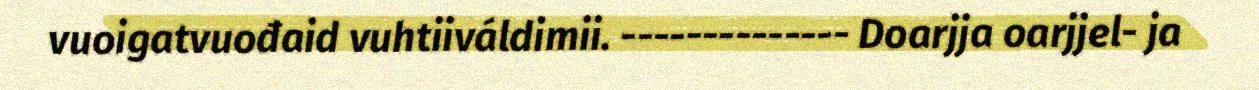
vuoigatvuođaid vuhtiiváldimii. -------------- Doarjja oarjjel- ja